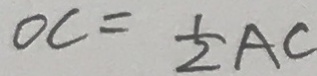
O C = \frac { 1 } { 2 } A C